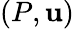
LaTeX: (P,\mathbf{u})